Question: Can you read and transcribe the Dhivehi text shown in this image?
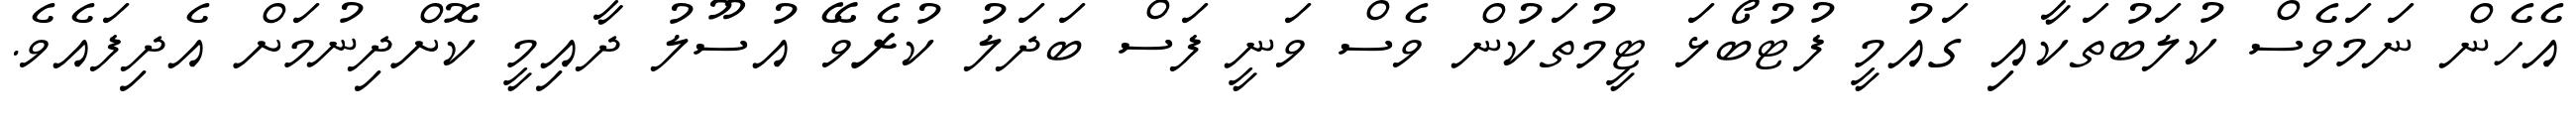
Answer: އެހެން ނަމަވެސް ކުލަބުތަކާއި ގައުމީ ފުޓުބޯޅަ ޓީމުތަކުން ވެސް ވަނީ ފަސް ބަދަލު ކުރެވޭ އުސޫލު ދާއިމީ ކޮށްދިނުމަށް އެދިފައެވެ.